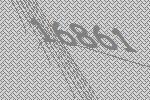
16861